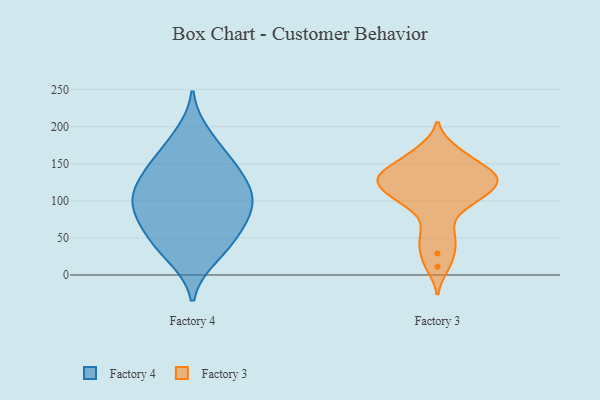
{"axis": {"x": "Active Users", "y": "Value"}, "legend": ["Factory 3", "Factory 4"], "data": [{"x": "", "y": 23, "type": "Factory 4"}, {"x": "", "y": 61, "type": "Factory 4"}, {"x": "", "y": 115, "type": "Factory 4"}, {"x": "", "y": 90, "type": "Factory 4"}, {"x": "", "y": 115, "type": "Factory 4"}, {"x": "", "y": 147, "type": "Factory 4"}, {"x": "", "y": 105, "type": "Factory 4"}, {"x": "", "y": 51, "type": "Factory 4"}, {"x": "", "y": 92, "type": "Factory 4"}, {"x": "", "y": 22, "type": "Factory 4"}, {"x": "", "y": 110, "type": "Factory 4"}, {"x": "", "y": 61, "type": "Factory 4"}, {"x": "", "y": 179, "type": "Factory 4"}, {"x": "", "y": 191, "type": "Factory 4"}, {"x": "", "y": 47, "type": "Factory 4"}, {"x": "", "y": 144, "type": "Factory 4"}, {"x": "", "y": 95, "type": "Factory 4"}, {"x": "", "y": 78, "type": "Factory 4"}, {"x": "", "y": 141, "type": "Factory 4"}, {"x": "", "y": 151, "type": "Factory 4"}, {"x": "", "y": 60, "type": "Factory 3"}, {"x": "", "y": 29, "type": "Factory 3"}, {"x": "", "y": 11, "type": "Factory 3"}, {"x": "", "y": 111, "type": "Factory 3"}, {"x": "", "y": 142, "type": "Factory 3"}, {"x": "", "y": 93, "type": "Factory 3"}, {"x": "", "y": 163, "type": "Factory 3"}, {"x": "", "y": 118, "type": "Factory 3"}, {"x": "", "y": 131, "type": "Factory 3"}, {"x": "", "y": 127, "type": "Factory 3"}, {"x": "", "y": 128, "type": "Factory 3"}, {"x": "", "y": 100, "type": "Factory 3"}, {"x": "", "y": 169, "type": "Factory 3"}, {"x": "", "y": 149, "type": "Factory 3"}, {"x": "", "y": 47, "type": "Factory 3"}, {"x": "", "y": 135, "type": "Factory 3"}, {"x": "", "y": 130, "type": "Factory 3"}, {"x": "", "y": 101, "type": "Factory 3"}]}